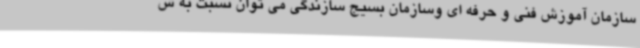
سازمان آموزش فنی و حرفه ای وسازمان بسیج سازندگی می توان نسبت به ش